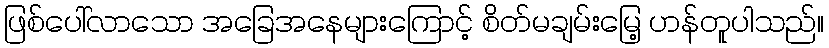
ဖြစ်ပေါ်လာသော အခြေအနေများကြောင့် စိတ်မချမ်းမြေ့ ဟန်တူပါသည်။